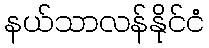
နယ်သာလန်နိုင်ငံ